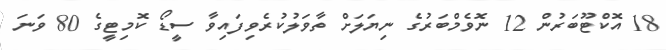
18 އޮކްޓޫބަރުން 12 ނޮވެމްބަރުގެ ނިޔަލަށް ތާވަލުކުރެވިފައިވާ ސީޑޯ ކޮމިޓީގެ 80 ވަނަ